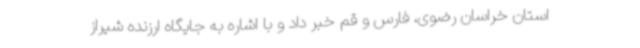
استان خراسان رضوی، فارس و قم خبر داد و با اشاره به جایگاه ارزنده شیراز